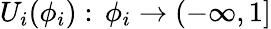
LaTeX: U_{i}(\phi_{i}):\, \phi_{i}\to(-\infty,1]